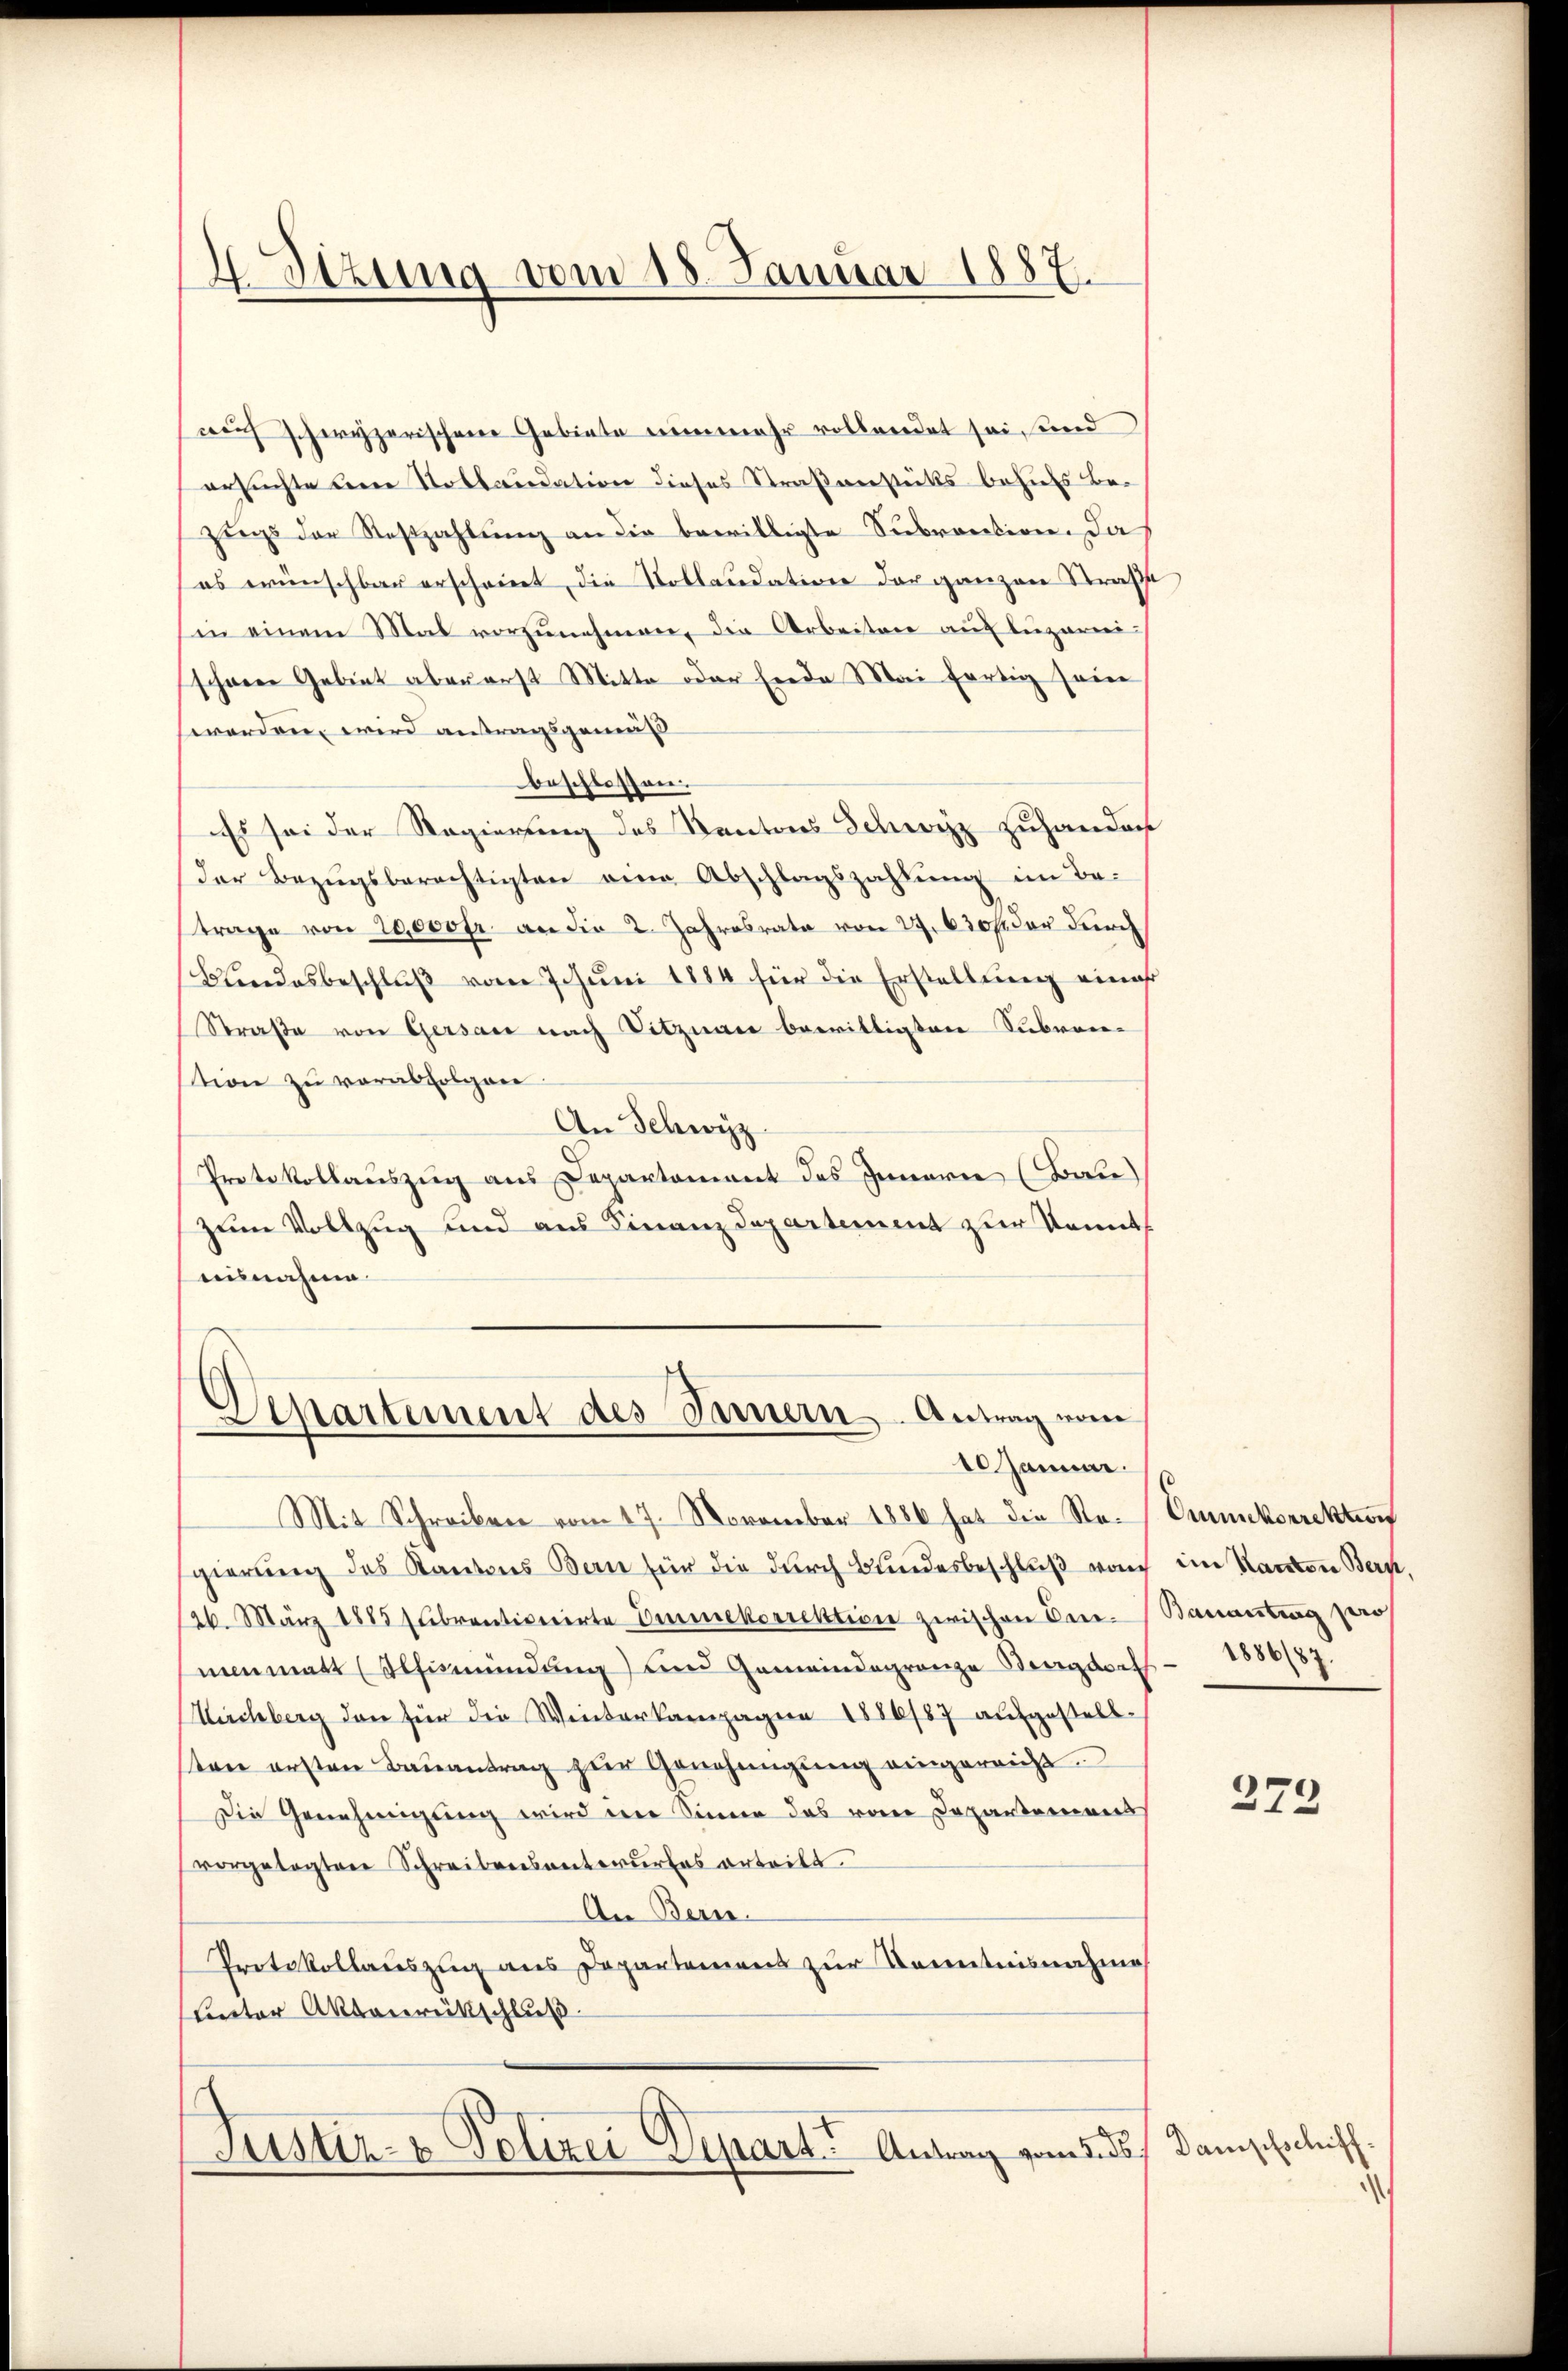
Sitzung vom 18. Januar 1887.

auch schwyzerischen Gebiete nunmehr vollendet sei, und
ersuchte eine Stollaudation dieses Straßenstücks behufs bezŭgs der Stoßzahlung an die bewilligte Subraction. Das
es wünschbar erscheint, die Vollaudation der ganzen Straß
in einem Mal vorzŭnehmen, die Arbeiten auf Luzern
schwere Gebiet aber erst Mitte oder finde Mai fertig sein
werden wird antragsgemäß
beschlossen.
Es sei der Regierung des Kantons Schwyz zuhander
der Bezŭgsberechtigten eine Abschlagszahlŭng im Be-
trage von 20,000fr. an die 2. Jahresrata von 27. 630 f der durch
Wendesbeschlŭβ vom Jchŭni 1884 für die Erstellŭng eines
Straße von Gersau nach Sitznau bewilligten Subven-
tion zu verabfolgen.
An Schwyz.
Protokollauszug aus Departement des Innern (Bau
zum Vollzug und aus Finanzdepartement zur Kenntaisnahme

Separtement des Innern Antrag vom
10 Januar.

Justiz- & Polizei Depart. Antrag vom 5. des Damischolisch.

Mit Schreiben vom 17. November 1886 hat die Ste-Ommckorrektion
gierung des Kantons Bern für die durch Bundesbeschluß von im Kanton Bern,
26. März 1885 sŭbventionirte Emmekorrektion zwischen Cen-Bauantung zerr
nenmatt (Ausmündung) und Gemeindegrenze Vergaret
Kirchberg den für die Winterkampagne 1886/87 aufgestellsten ersten Baŭantrag zur Genehmigung eingereicht.
Die Genehmigung wird im Sinne das von Departements
vorgelegten Schreibensentwŭrfes erteilt.
An Bern
Protokollauszug aus Departemens zur Kenntnisnahme
Later Aktenrütschluß

1886/87.

373